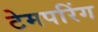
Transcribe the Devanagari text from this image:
टेमपरिंग